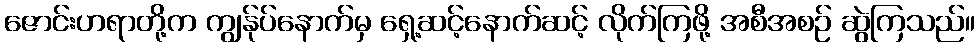
ဇောင်းဟရာတို့က ကျွန်ုပ်နောက်မှ ရှေ့ဆင့်နောက်ဆင့် လိုက်ကြဖို့ အစီအစဉ် ဆွဲကြသည်။